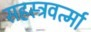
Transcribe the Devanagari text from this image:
सहस्‍त्रवर्त्‍मा